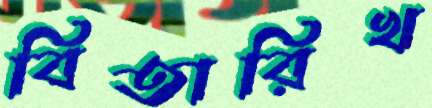
বিতারিখ